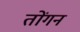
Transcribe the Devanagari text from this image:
तोंगन